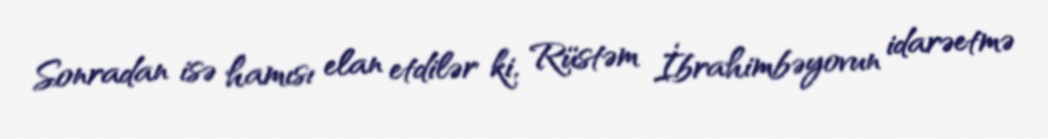
Sonradan isə hamısı elan etdilər ki, Rüstəm İbrahimbəyovun idarəetmə